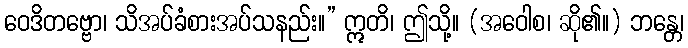
ဝေဒိတဗ္ဗော၊ သိအပ်ခံစားအပ်သနည်း။” ဣတိ၊ ဤသို့။ (အဝေါစ၊ ဆို၏။) ဘန္တေ၊